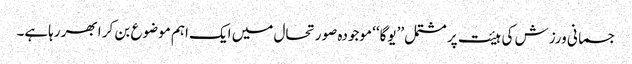
جسمانی ورزش کی ہیئت پر مشتمل ’’یوگا‘‘ موجودہ صورتحال میں ایک اہم موضوع بن کر ابھر رہاہے۔